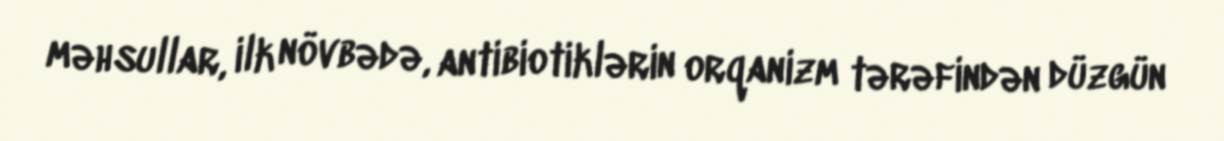
məhsullar, ilk növbədə, antibiotiklərin orqanizm tərəfindən düzgün